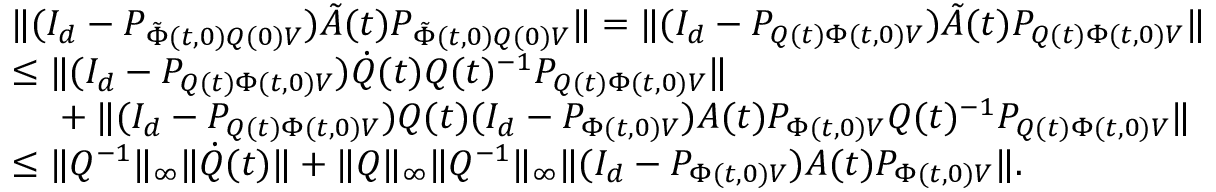
\begin{array} { r l } & { \| ( I _ { d } - P _ { \tilde { \Phi } ( t , 0 ) Q ( 0 ) V } ) \tilde { A } ( t ) P _ { \tilde { \Phi } ( t , 0 ) Q ( 0 ) V } \| = \| ( I _ { d } - P _ { Q ( t ) \Phi ( t , 0 ) V } ) \tilde { A } ( t ) P _ { Q ( t ) \Phi ( t , 0 ) V } \| } \\ & { \le \| ( I _ { d } - P _ { Q ( t ) \Phi ( t , 0 ) V } ) \dot { Q } ( t ) Q ( t ) ^ { - 1 } P _ { Q ( t ) \Phi ( t , 0 ) V } \| } \\ & { \phantom { = \ } + \| ( I _ { d } - P _ { Q ( t ) \Phi ( t , 0 ) V } ) Q ( t ) ( I _ { d } - P _ { \Phi ( t , 0 ) V } ) A ( t ) P _ { \Phi ( t , 0 ) V } Q ( t ) ^ { - 1 } P _ { Q ( t ) \Phi ( t , 0 ) V } \| } \\ & { \le \| Q ^ { - 1 } \| _ { \infty } \| \dot { Q } ( t ) \| + \| Q \| _ { \infty } \| Q ^ { - 1 } \| _ { \infty } \| ( I _ { d } - P _ { \Phi ( t , 0 ) V } ) A ( t ) P _ { \Phi ( t , 0 ) V } \| . } \end{array}